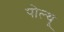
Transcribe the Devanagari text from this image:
पोल्थू